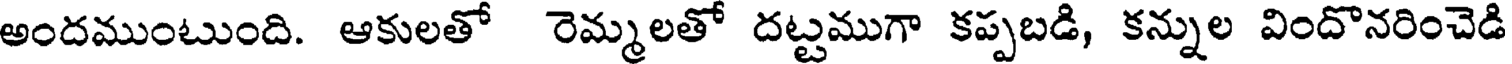
అందముంటుంది. ఆకులతో రెమ్మలతో దట్టముగా కప్పబడి, కన్నుల విందొనరించెడి